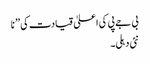
بی جے پی کی اعلیٰ قیادت کی ’’ نا
نئی دہلی۔